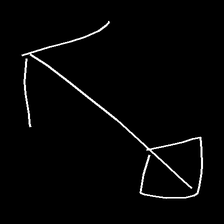
Glyph: focus